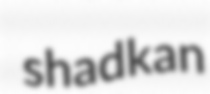
shadkan